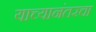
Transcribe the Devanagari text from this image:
याच्यानंतरचा